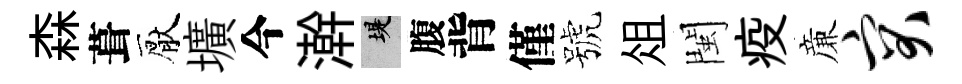
森葺厭壙今澣堤腹背僅號俎閩疫亷突